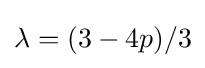
\lambda =(3-4p)/3